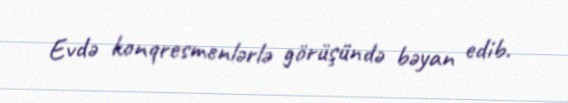
Evdə konqresmenlərlə görüşündə bəyan edib.